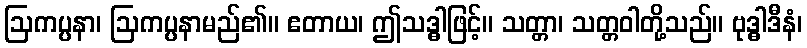
ဩကပ္ပနာ၊ ဩကပ္ပနာမည်၏။ ဧတာယ၊ ဤသဒ္ဓါဖြင့်။ သတ္တာ၊ သတ္တဝါတို့သည်။ ဗုဒ္ဓါဒီနံ၊